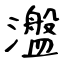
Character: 瀊